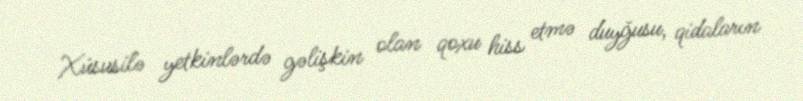
Xüsusilə yetkinlərdə gəlişkin olan qoxu hiss etmə duyğusu, qidaların